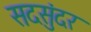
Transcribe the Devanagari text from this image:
सदसुंदर